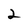
Character: 2